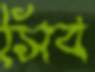
সিব